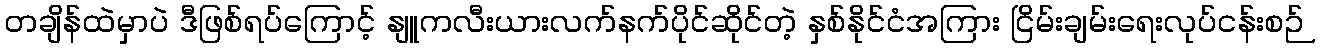
တချိန်ထဲမှာပဲ ဒီဖြစ်ရပ်ကြောင့် နျူကလီးယားလက်နက်ပိုင်ဆိုင်တဲ့ နှစ်နိုင်ငံအကြား ငြိမ်းချမ်းရေးလုပ်ငန်းစဉ်